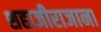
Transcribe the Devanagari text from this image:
शहाजीराजाना